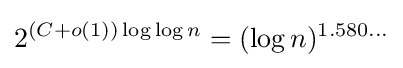
2^{(C+o(1))\log \log n}=(\log n)^{1.580\ldots }